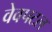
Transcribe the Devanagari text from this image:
वेवपटल